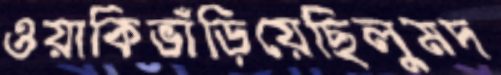
ওয়াকিভাঁড়িয়েছিলুমদ